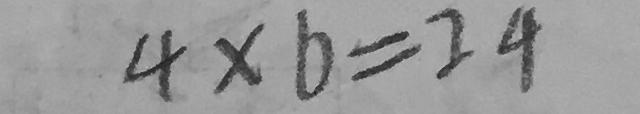
4 \times 6 = 2 4